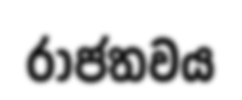
රාජතවය